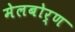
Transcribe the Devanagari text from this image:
मेलबोर्ण